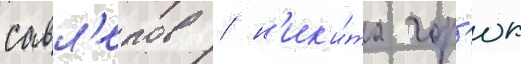
савл'епов / н'ик'и́та гор'юк